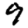
Digit: 9